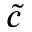
\tilde { c }